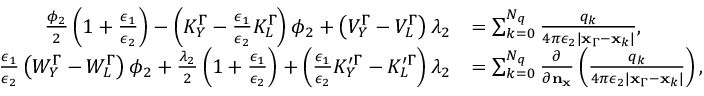
\begin{array} { r l } { \frac { \phi _ { 2 } } { 2 } \left( 1 + \frac { \epsilon _ { 1 } } { \epsilon _ { 2 } } \right) - \left( K _ { Y } ^ { \Gamma } - \frac { \epsilon _ { 1 } } { \epsilon _ { 2 } } K _ { L } ^ { \Gamma } \right) \phi _ { 2 } + \left( V _ { Y } ^ { \Gamma } - V _ { L } ^ { \Gamma } \right) \lambda _ { 2 } } & { = \sum _ { k = 0 } ^ { N _ { q } } \frac { q _ { k } } { 4 \pi \epsilon _ { 2 } | \mathbf { x } _ { \Gamma } - \mathbf { x } _ { k } | } , } \\ { \frac { \epsilon _ { 1 } } { \epsilon _ { 2 } } \left( W _ { Y } ^ { \Gamma } - W _ { L } ^ { \Gamma } \right) \phi _ { 2 } + \frac { \lambda _ { 2 } } { 2 } \left( 1 + \frac { \epsilon _ { 1 } } { \epsilon _ { 2 } } \right) + \left( \frac { \epsilon _ { 1 } } { \epsilon _ { 2 } } K _ { Y } ^ { \prime \Gamma } - K _ { L } ^ { \prime \Gamma } \right) \lambda _ { 2 } } & { = \sum _ { k = 0 } ^ { N _ { q } } \frac { \partial } { \partial \mathbf { n } _ { \mathbf { x } } } \left( \frac { q _ { k } } { 4 \pi \epsilon _ { 2 } | \mathbf { x } _ { \Gamma } - \mathbf { x } _ { k } | } \right) , } \end{array}